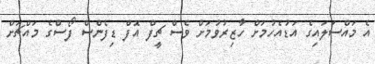
އެ މައްސަލައިގެ އަޑުއެހުމަށް ހާޒިރުވުމަށް ވެސް ޗީފް އޮފް ޑިފެންސް ފޯސްގެ މައްޗަށް